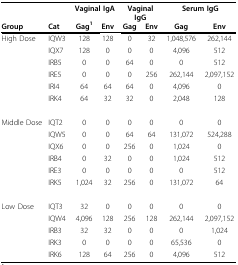
<table><thead><tr><td></td><td></td><td colspan="2"><b>Vaginal IgA</b></td><td colspan="2"><b>Vaginal IgG</b></td><td colspan="2"><b>Serum IgG</b></td></tr><tr><td><b>Group</b></td><td><b>Cat</b></td><td><b>Gag<sup>1</sup></b></td><td><b>Env</b></td><td><b>Gag</b></td><td><b>Env</b></td><td><b>Gag</b></td><td><b>Env</b></td></tr></thead><tbody><tr><td>High Dose</td><td>IQW3</td><td>128</td><td>128</td><td>0</td><td>32</td><td>1,048,576</td><td>262,144</td></tr><tr><td></td><td>IQX7</td><td>128</td><td>0</td><td>0</td><td>0</td><td>4,096</td><td>512</td></tr><tr><td></td><td>IRB5</td><td>0</td><td>0</td><td>64</td><td>0</td><td>0</td><td>512</td></tr><tr><td></td><td>IRE5</td><td>0</td><td>0</td><td>0</td><td>256</td><td>262,144</td><td>2,097,152</td></tr><tr><td></td><td>IRI4</td><td>64</td><td>64</td><td>64</td><td>0</td><td>4,096</td><td>0</td></tr><tr><td></td><td>IRK4</td><td>64</td><td>32</td><td>32</td><td>0</td><td>2,048</td><td>128</td></tr><tr><td>Middle Dose</td><td>IQT2</td><td>0</td><td>0</td><td>0</td><td>0</td><td>0</td><td>0</td></tr><tr><td></td><td>IQW5</td><td>0</td><td>0</td><td>64</td><td>64</td><td>131,072</td><td>524,288</td></tr><tr><td></td><td>IQX6</td><td>0</td><td>0</td><td>256</td><td>0</td><td>1,024</td><td>0</td></tr><tr><td></td><td>IRB4</td><td>0</td><td>32</td><td>0</td><td>0</td><td>1,024</td><td>512</td></tr><tr><td></td><td>IRE3</td><td>0</td><td>0</td><td>0</td><td>0</td><td>0</td><td>512</td></tr><tr><td></td><td>IRK5</td><td>1,024</td><td>32</td><td>256</td><td>0</td><td>131,072</td><td>64</td></tr><tr><td>Low Dose</td><td>IQT3</td><td>32</td><td>0</td><td>0</td><td>0</td><td>0</td><td>0</td></tr><tr><td></td><td>IQW4</td><td>4,096</td><td>128</td><td>256</td><td>128</td><td>262,144</td><td>2,097,152</td></tr><tr><td></td><td>IRB3</td><td>32</td><td>32</td><td>0</td><td>0</td><td>0</td><td>1,024</td></tr><tr><td></td><td>IRK3</td><td>0</td><td>0</td><td>0</td><td>0</td><td>65,536</td><td>0</td></tr><tr><td></td><td>IRK6</td><td>128</td><td>64</td><td>256</td><td>0</td><td>4,096</td><td>512</td></tr></tbody></table>